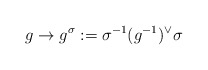
\begin{align*}g \rightarrow g^{\sigma}:=\sigma^{-1}(g^{-1})^{\vee} \sigma\end{align*}